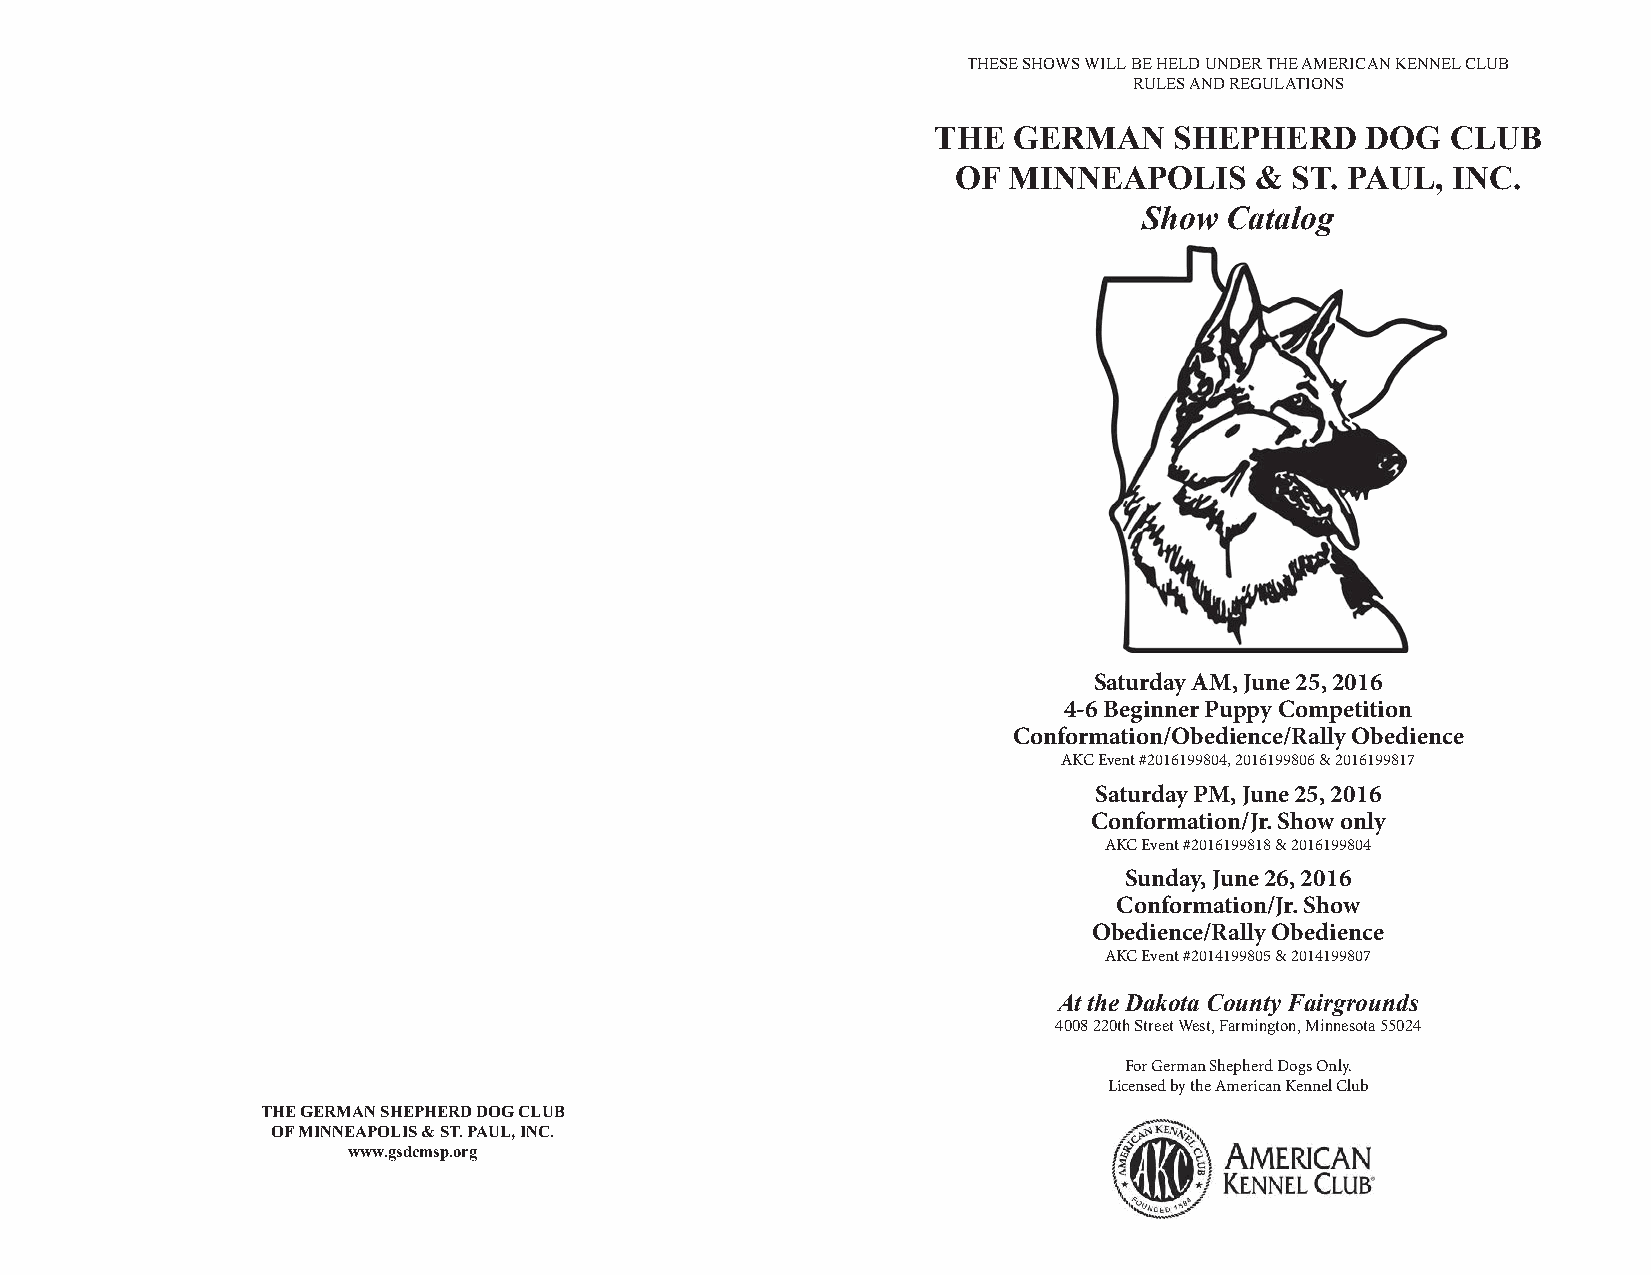
THESE SHOWS WILL BE HELD UNDER THE AMERICAN KENNEL CLUB
 RULES AND REGULATIONS
 THE  GERMAN     SHEPHERD    DOG   CLUB
 OF  MINNEAPOLIS     & ST. PAUL,  INC.
 Show Catalog
 Saturday AM, June 25, 2016
 4-6 Beginner Puppy Competition
 Conformation/Obedience/Rally Obedience
 AKC Event #2016199804, 2016199806 & 2016199817
 Saturday PM, June 25, 2016
 Conformation/Jr. Show only
 AKC Event #2016199818 & 2016199804
 Sunday, June 26, 2016
 Conformation/Jr. Show
 Obedience/Rally Obedience
 AKC Event #2014199805 & 2014199807
 At the Dakota County Fairgrounds
 4008 220th Street West, Farmington, Minnesota 55024
 For German Shepherd Dogs Only.
 Licensed by the American Kennel Club
 THE GERMAN SHEPHERD DOG CLUB
 OF MINNEAPOLIS & ST. PAUL, INC.
 www.gsdcmsp.org